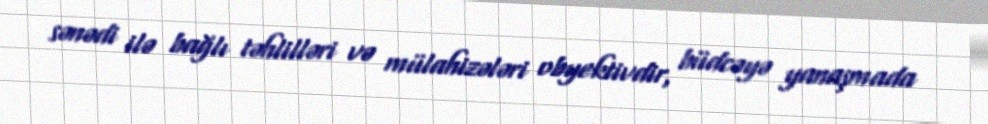
sənədi ilə bağlı təhlilləri və mülahizələri obyektivdir, büdcəyə yanaşmada